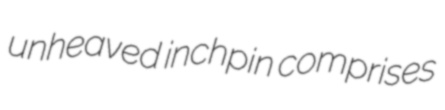
unheaved inchpin comprises